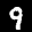
Label: 9